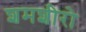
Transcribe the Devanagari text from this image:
शमशीरो